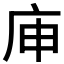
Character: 𰏳